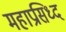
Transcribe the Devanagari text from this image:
महाप्रसिध्द